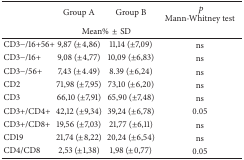
<table><thead><tr><td><b> </b></td><td><b>Group A</b></td><td><b>Group B </b></td><td><b><i>p</i> Mann-Whitney test</b></td></tr><tr><td><b> </b></td><td colspan="2"><b>Mean%±SD</b></td><td><b> </b></td></tr></thead><tbody><tr><td>CD3−/16+56+</td><td>9,87 (±4,86)</td><td>11,14 (±7,09)</td><td>ns</td></tr><tr><td>CD3−/16+</td><td>9,08 (±4,77)</td><td>10,09 (±6,83)</td><td>ns</td></tr><tr><td>CD3−/56+</td><td>7,43 (±4.49)</td><td>8.39 (±6,24)</td><td>ns</td></tr><tr><td>CD2</td><td>71,98 (±7,95)</td><td>73,10 (±6,20)</td><td>ns</td></tr><tr><td>CD3</td><td>66,10 (±7,91)</td><td>65,90 (±7,48)</td><td>ns</td></tr><tr><td>CD3+/CD4+</td><td>42,12 (±9,34)</td><td>39,24 (±6,78)</td><td>0.05</td></tr><tr><td>CD3+/CD8+</td><td>19,56 (±7,03)</td><td>21,77 (±6,11)</td><td>ns</td></tr><tr><td>CD19</td><td>21,74 (±8,22)</td><td>20,24 (±6,54)</td><td>ns</td></tr><tr><td>CD4/CD8</td><td>2,53 (±1,38)</td><td>1,98 (±0,77)</td><td>0.05</td></tr></tbody></table>